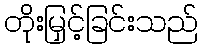
တိုးမြှင့်ခြင်းသည်